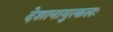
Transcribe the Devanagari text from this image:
देशानामुत्कलः